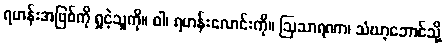
ရဟန်းအဖြစ်ကို ရှုငဲ့သူကို။ ဝါ၊ ရဟန်းလောင်းကို။ ဩသာရဏာ၊ သံဃာ့ဘောင်သို့